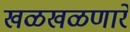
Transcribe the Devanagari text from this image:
खळखळणारे